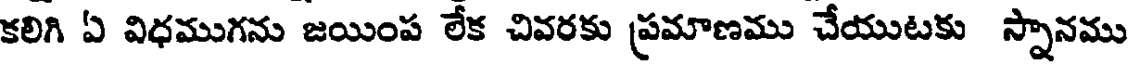
కలిగి ఏ విధముగను జయింప లేక చివరకు ప్రమాణము చేయుటకు స్నానము